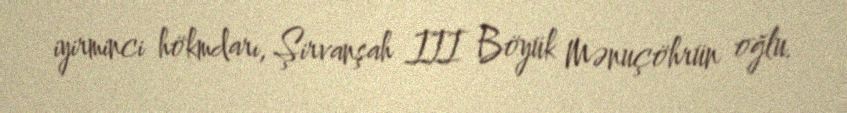
iyirminci hökmdarı, Şirvanşah III Böyük Mənuçöhrün oğlu.